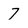
Character: 7